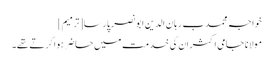
خواجہ محمد ب رہان الدین ابو نصر پارسا[ترمیم]
مولانا جامی اکثر اِن کی خدمت میں حاضر ہوا کرتے تھے۔